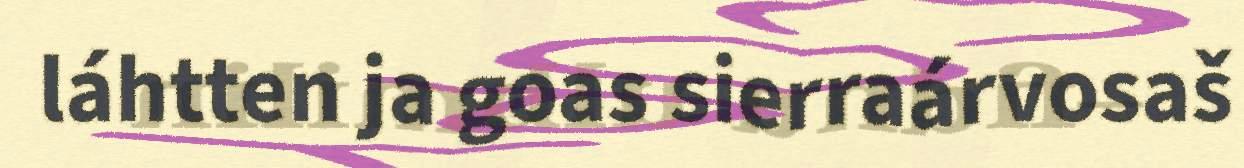
láhtten ja goas sierraárvosaš